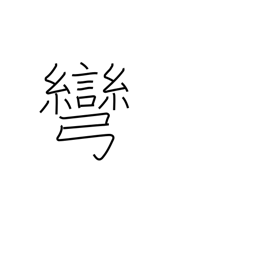
Meaning: stretching a bow